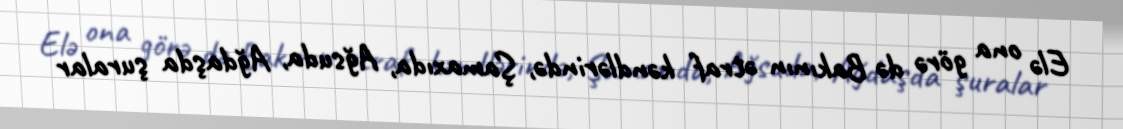
Elə ona görə də Bakının ətraf kəndlərində, Şamaxıda, Ağsuda, Ağdaşda şuralar